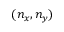
( n _ { x } , n _ { y } )